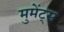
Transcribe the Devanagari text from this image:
मुमेंट्स